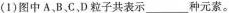
图中A、B、C、D 粒子共表示___种元素。